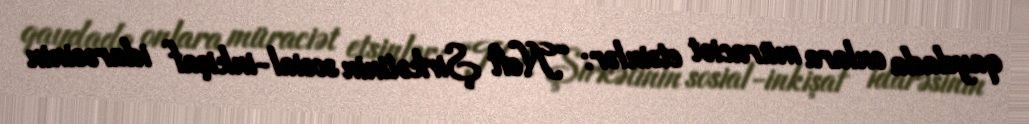
qaydada onlara müraciət etsinlər: “Neft Şirkətinin sosial-inkişaf idarəsinin